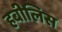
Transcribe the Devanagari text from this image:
हबीलिस